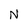
Character: N